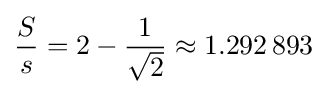
{\frac {S}{s}}=2-{\frac {1}{\sqrt {2}}}\approx 1.292\,893